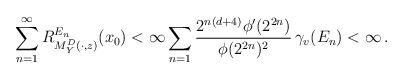
LaTeX: \begin{align*}\sum_{n=1}^{\infty}R^{E_n}_{M^D_Y(\cdot, z)}(x_0)<\infty \sum_{n=1}\frac{2^{n(d+4)}\phi'(2^{2n})}{\phi(2^{2n})^2}\, \gamma_v(E_n)<\infty\, .\end{align*}